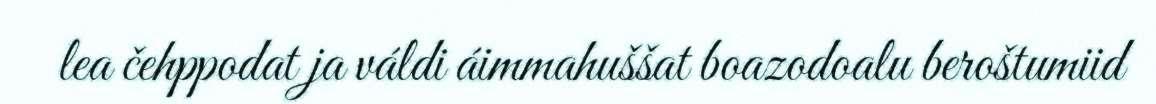
lea čehppodat ja váldi áimmahuššat boazodoalu beroštumiid